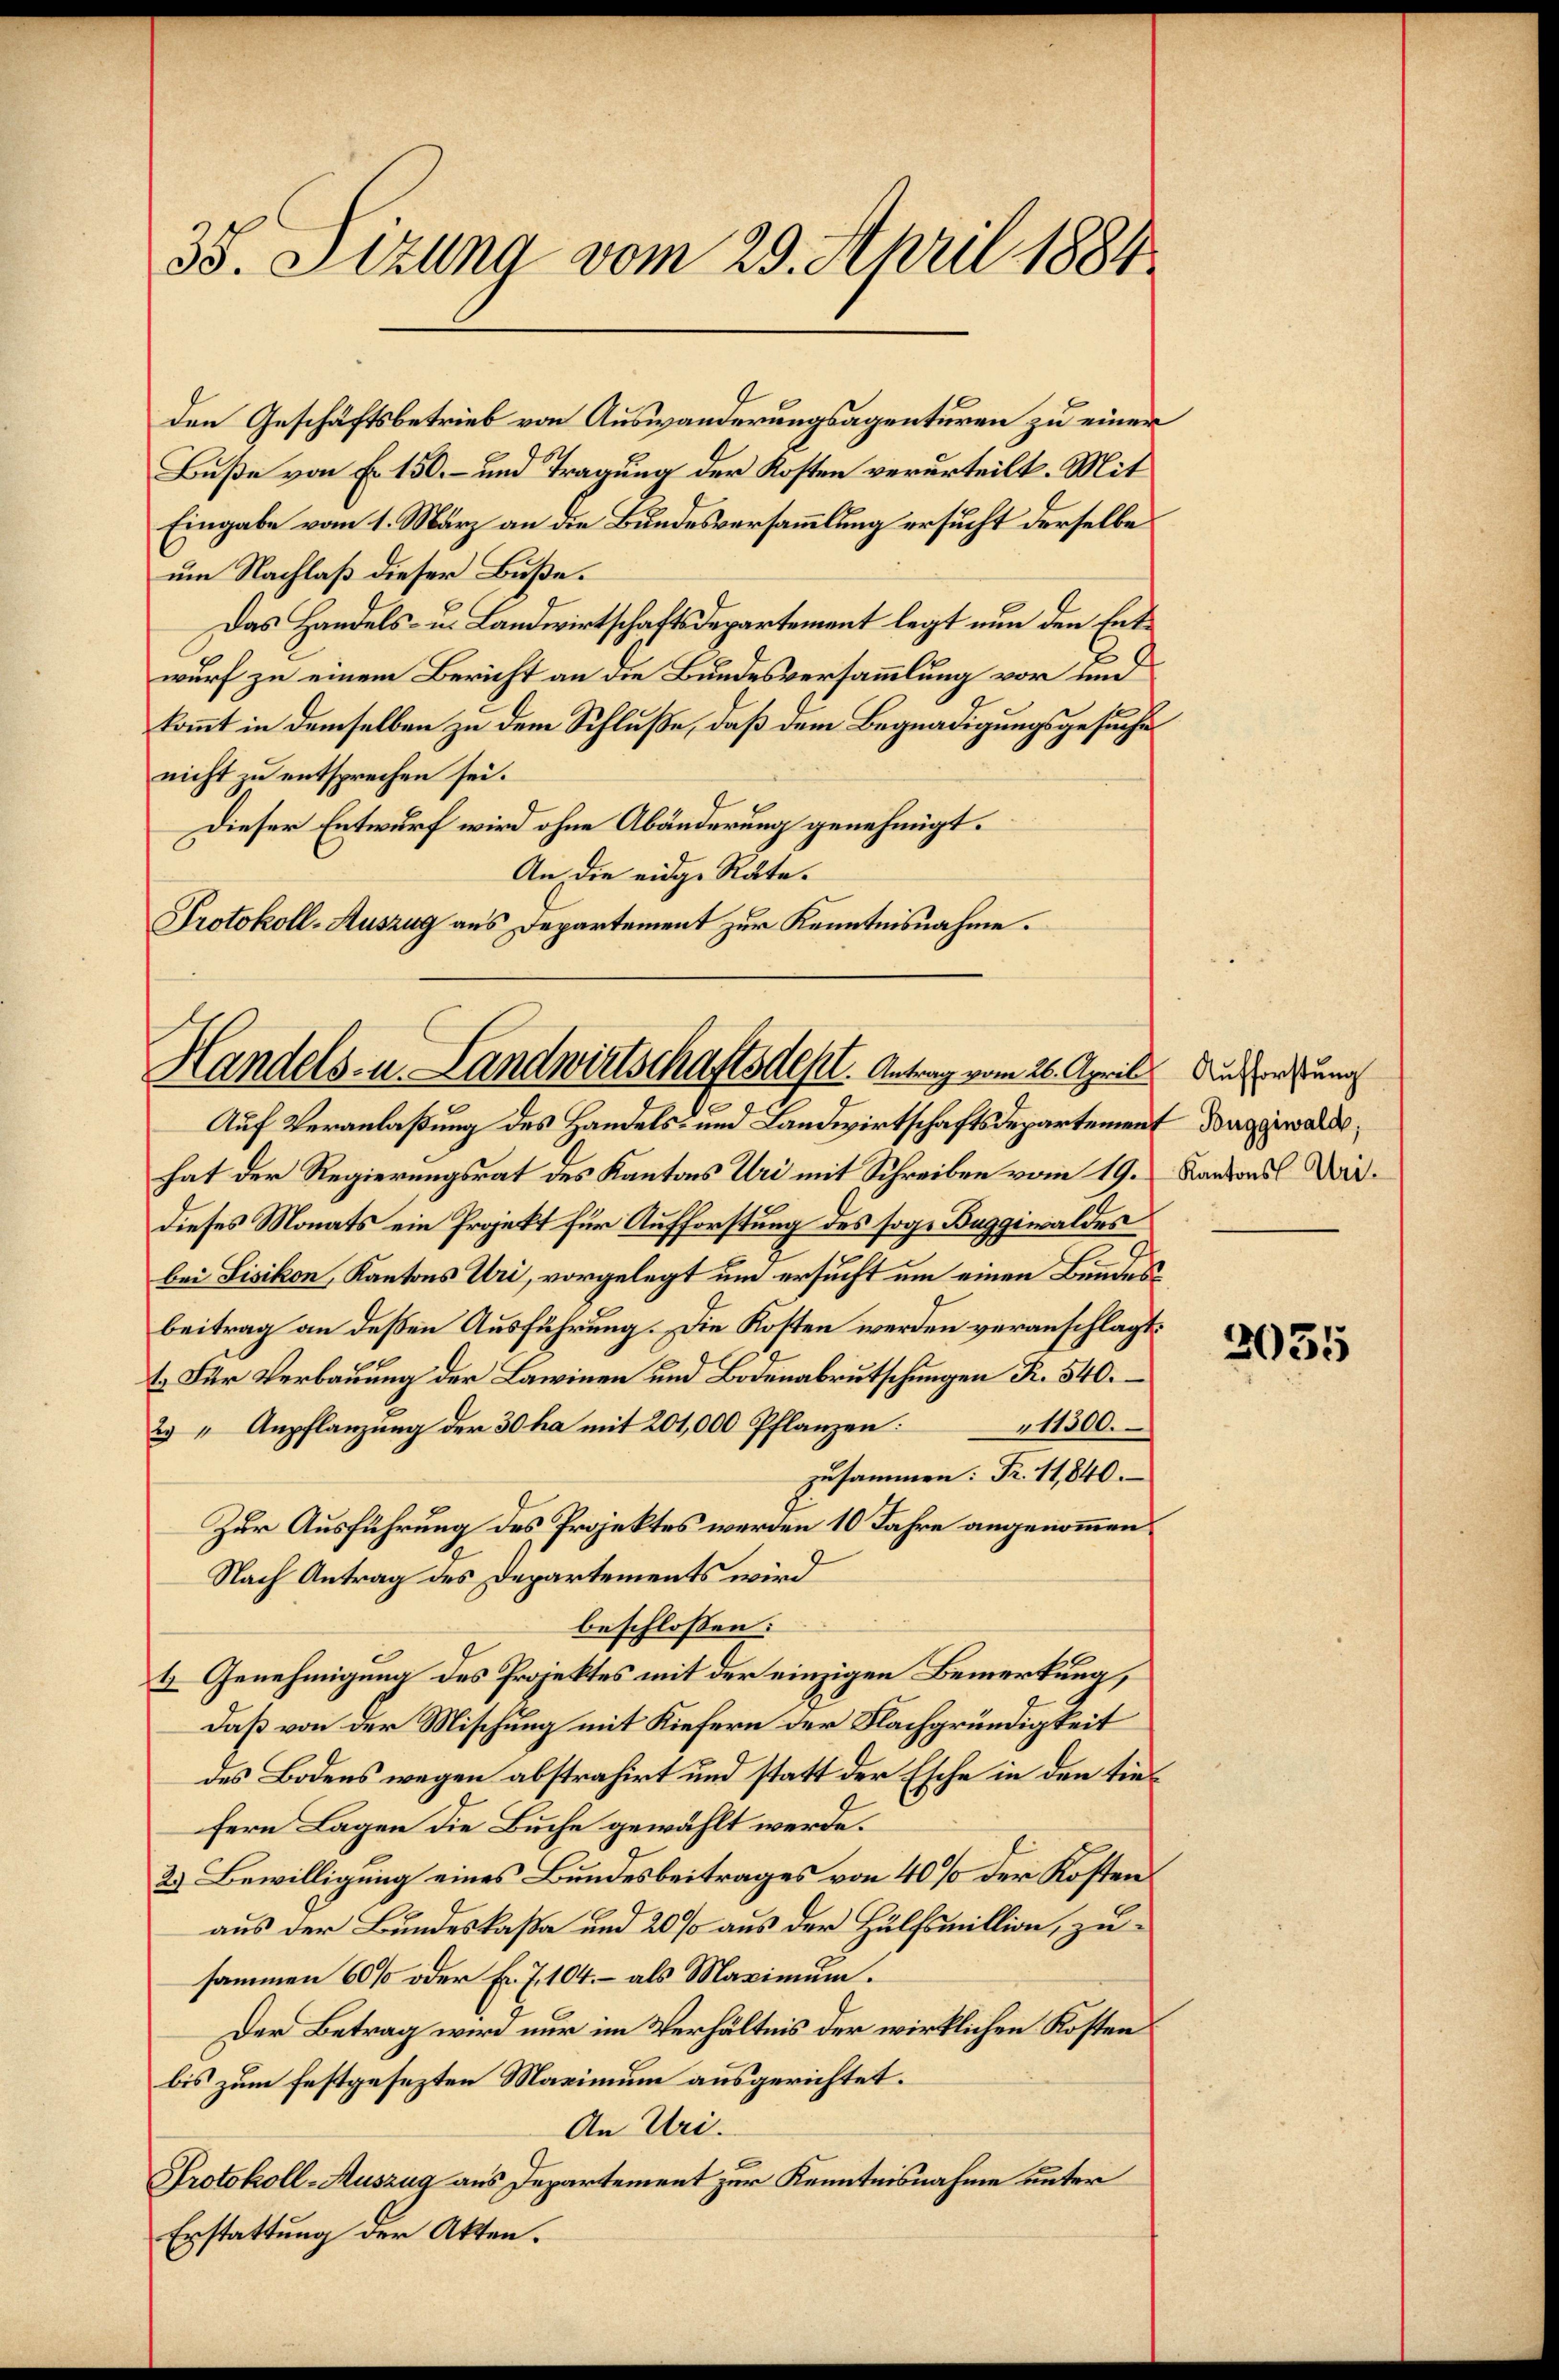
35. Sitzung vom 29. April 1884

den Geschäftsbetrieb von Auswanderungsagenturen zu einer
Buße von Fr. 150.- und Tragung der Kosten verurteilt. Mit
Eingabe vom 1. März an die Bundesversammlung ersucht derselbe
um Nachlaß dieser Buße.
Das Handels- u. Landwirtschaftsdepartement legt nun den Entwurf zu einem Bericht an die Bundesversammlung vor und
4
kommt in demselben zu dem Schluße, daß dem Begnadigungsgesuche
nicht zu entsprechen sei.
Dieser Entwurf wird ohne Abänderung genehmigt.
An die eidge Räte.
Protokoll-Auszug aus Departement zur Kenntnisnahme.

Handels- u. Landwirtschaftsdest. Antrag vom 26. April die erstun
Auf Veranlaßung des Handels- und Landwirtschaftsdepartement Daggiwaldes,

hat der Regierungsrat des Kantons Uri mit Schreiben vom 19. Kantons Waidieses Monats ein Projekt für Aufforstung des sogen Buggiwaldes
bei Sisikon, Kantons Uri, vorgelegt um ersucht um einen Bundesbeitrag an deßen Ausführung. Die Kosten werden veranschlagt.
t. Für Verbauung der Lawinen und Bodenabrutschungen R. 540.
11300.
2 “ Anpflanzung der 30 ha mit 201,000 Pflanzen:
zusammen: Fr. 11840.
Zur Ausführung des Projektes werden 10 Jahre angenommen.
Nach Antrag des Departements wird
beschlossen:
4 Genehmigung des Projektes mit der einzigen Bemerkung,
daß von der Mischung mit Kiefern der Nachgründigkeit
des Bodens wegen abstrahirt und statt der Esche in den tiefern Lagen die Buche gewählt werde.
2.) Bewilligung eines Bundesbeitrages von 40% der Kostenaus der Bundeskaßa und 20 % aus der Hülfsmillion, zusammen 60% oder Fr. 7, 104. – als Maximum.
Der Betrag wird nur im Verhältnis der wirklichen Kosten
bis zum festgesezten Maximum ausgerichtet.
An Uri.
Protokoll-Auszug aus Departement zur Kenntnisnahme unter
Erstattung der Akten.

3035